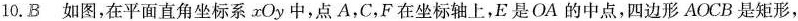
10.B如图，在平面直角坐标系xOy中，点A，C，F在坐标轴上，E是OA的中点，四边形AOCB是矩形，